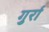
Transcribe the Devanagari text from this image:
गुर्रा